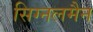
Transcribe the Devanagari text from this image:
सिग्नलमैन